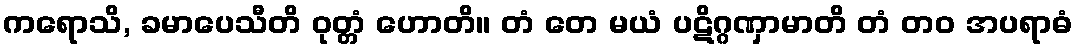
ကရောသိ, ခမာပေသီတိ ဝုတ္တံ ဟောတိ။ တံ တေ မယံ ပဋိဂ္ဂဏှာမာတိ တံ တဝ အပရာဓံ